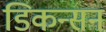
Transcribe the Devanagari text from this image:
डिकन्सन